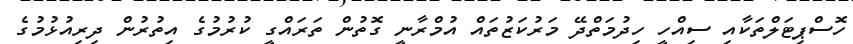
ހޮސްޕިޓަލްތަކާއި ސިއްހީ ހިދުމަތްދޭ މަރުކަޒުތައް އުމްރާނީ ގޮތުން ތަރައްގީ ކުރުމުގެ އިތުރުން ދިރިއުޅުމުގެ